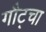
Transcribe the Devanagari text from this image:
गौट्चा